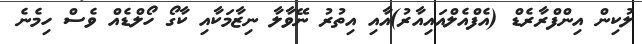
ލުކިން އިންފްރާރެޑް (އެފްއެލްއައިއާރު)އާއި އިތުރު ނޭވާލާ ނިޒާމަކާއި ކާގޯ ހޯލްޑެއް ވެސް ހިމެނެ